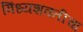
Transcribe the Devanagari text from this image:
विंध्यशक्तीचा